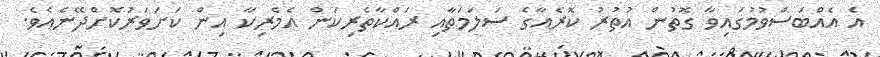
އެ އެއްބަސްވުމުގައިވާ ގޮތުން އުތުރު ކޮރެއާގެ ސަލަމަތާއި ރައްކާތެރިކަން އެމެރިކާ އިން ކަށަވަރުކޮށްދޭނެއެވެ.